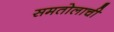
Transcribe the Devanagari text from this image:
समतोलाची